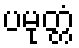
ပမုတ္တံ